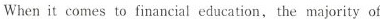
When it comes to financial education, the majority of